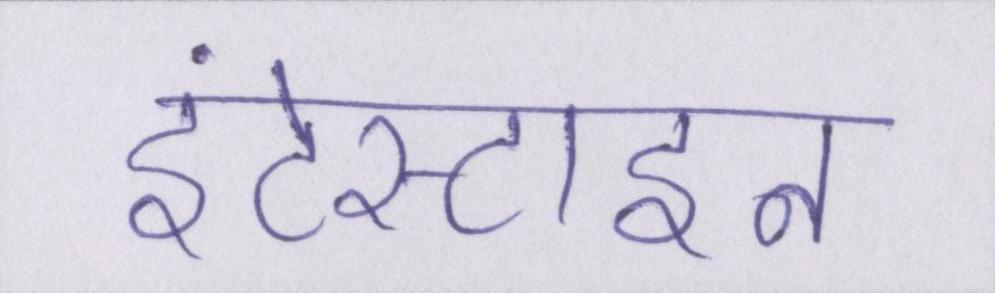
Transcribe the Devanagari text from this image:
इंटेस्टाइन